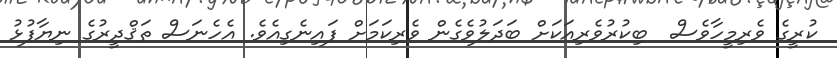
ކުރީގެ ވެރިމީހާވެސް  ބިކުރުވެރިއަކަށް ބަދަލުވެގެން ވެރިކަމަށް ފައިނެގިއެވެ. އެހެނަސް ތަޤްދީރުގެ ނިޔާފުޅު